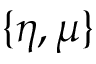
\{ \eta , \mu \}